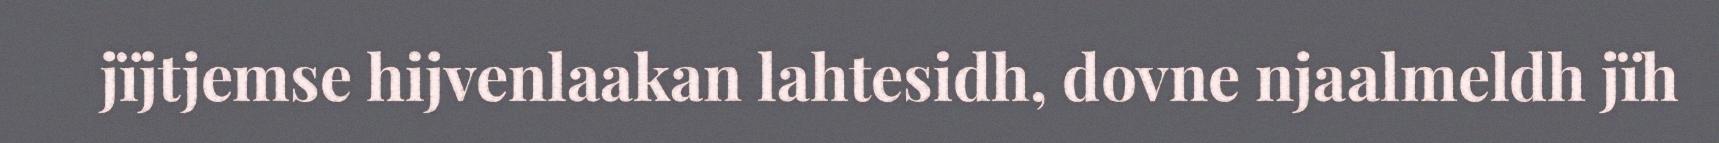
jïjtjemse hijvenlaakan lahtesidh, dovne njaalmeldh jïh